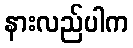
နားလည်ပါက